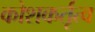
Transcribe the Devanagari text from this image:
कोशकर्तृत्व